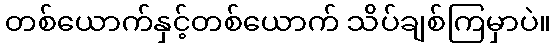
တစ်ယောက်နှင့်တစ်ယောက် သိပ်ချစ်ကြမှာပဲ။